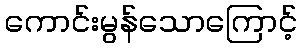
ကောင်းမွန်သောကြောင့်